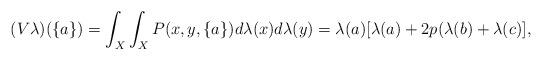
LaTeX: \begin{align*}(V\lambda)(\{a\})=\int_X\int_X P(x,y,\{a\})d\lambda(x)d\lambda(y)=\lambda(a)[\lambda(a)+2p(\lambda(b)+\lambda(c)],\end{align*}